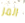
المر